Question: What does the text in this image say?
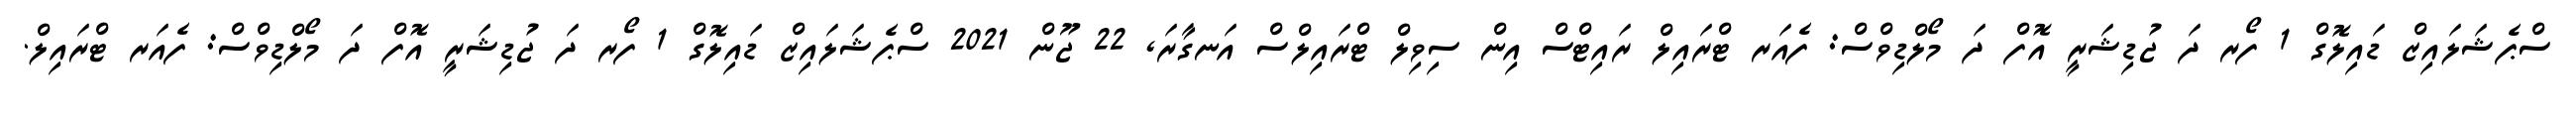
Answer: ސްޕެޝަލައިޒް ޑައިލޮގް 1 ފޯރ ދަ ޖުޑިޝަރީ އޮފް ދަ މޯލްޑިވްސް: ފެއަރ ޓްރައިލް ރައިޓްސް އިން ސިވިލް ޓްރައިލްސް އަނގާރަ, 22 ޖޫން 2021 ސްޕެޝަލައިޒް ޑައިލޮގް 1 ފޯރ ދަ ޖުޑިޝަރީ އޮފް ދަ މޯލްޑިވްސް: ފެއަރ ޓްރައިލް.